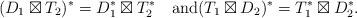
LaTeX: \begin{align*}(D_1\boxtimes T_2)^*=D_1^*\boxtimes T_2^*\quad\mbox{and}(T_1\boxtimes D_2)^*=T_1^*\boxtimes D_2^*.\end{align*}